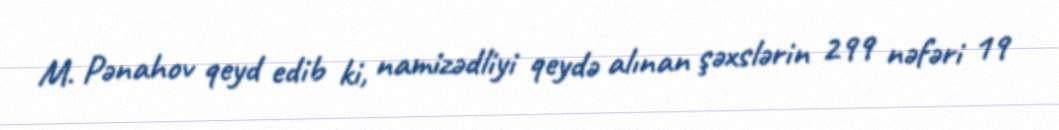
M. Pənahov qeyd edib ki, namizədliyi qeydə alınan şəxslərin 299 nəfəri 19